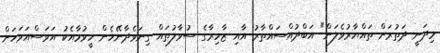
މިދަނީ ދަތުރަށް ތައްޔާރުވެލަން" އަބްދުއްސައްތާރު އާއި ޒާހިރާގެ ސުވާލުތައް ގިނަވެދާނޭހެން ހީވުމާއެކު އަވަސްއަވަހަށް